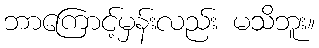
ဘာကြောင့်မှန်းလည်း မသိဘူး။